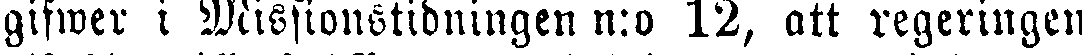
gifwer i Missionstidningen n:o 12, att regeringen